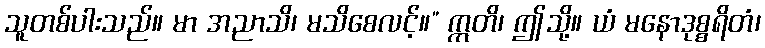
သူတစ်ပါးသည်။ မာ အညာသိ၊ မသိစေလင့်။” ဣတိ၊ ဤသို့။ ယံ မနောဒုစ္စရိတံ၊